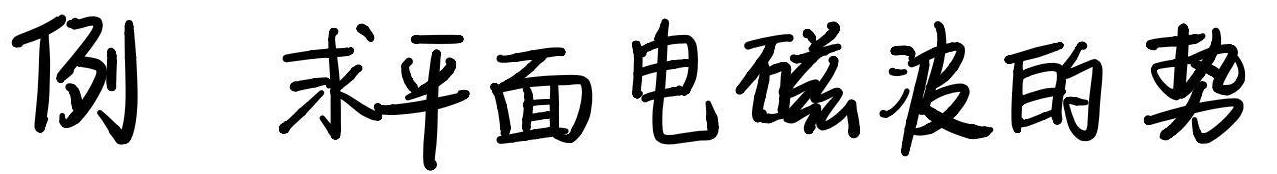
例 求平面电磁波的势